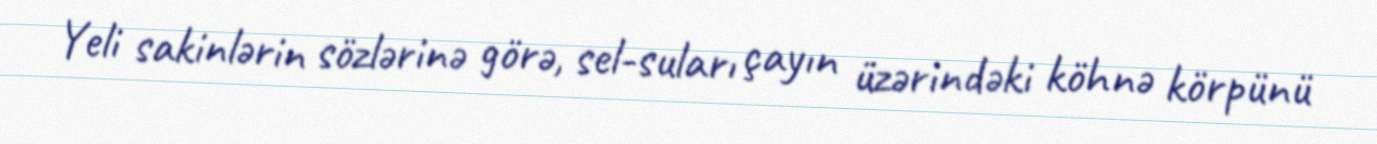
Yeli sakinlərin sözlərinə görə, sel-suları çayın üzərindəki köhnə körpünü